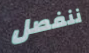
ننفصل